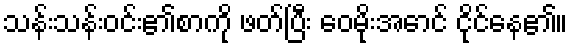
သန်းသန်းဝင်း၏စာကို ဖတ်ပြီး ဝေမိုးအောင် ငိုင်နေ၏။